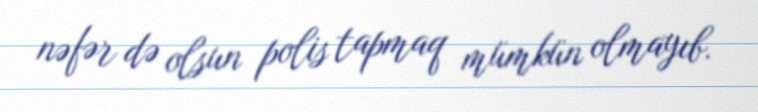
nəfər də olsun polis tapmaq mümkün olmayıb.